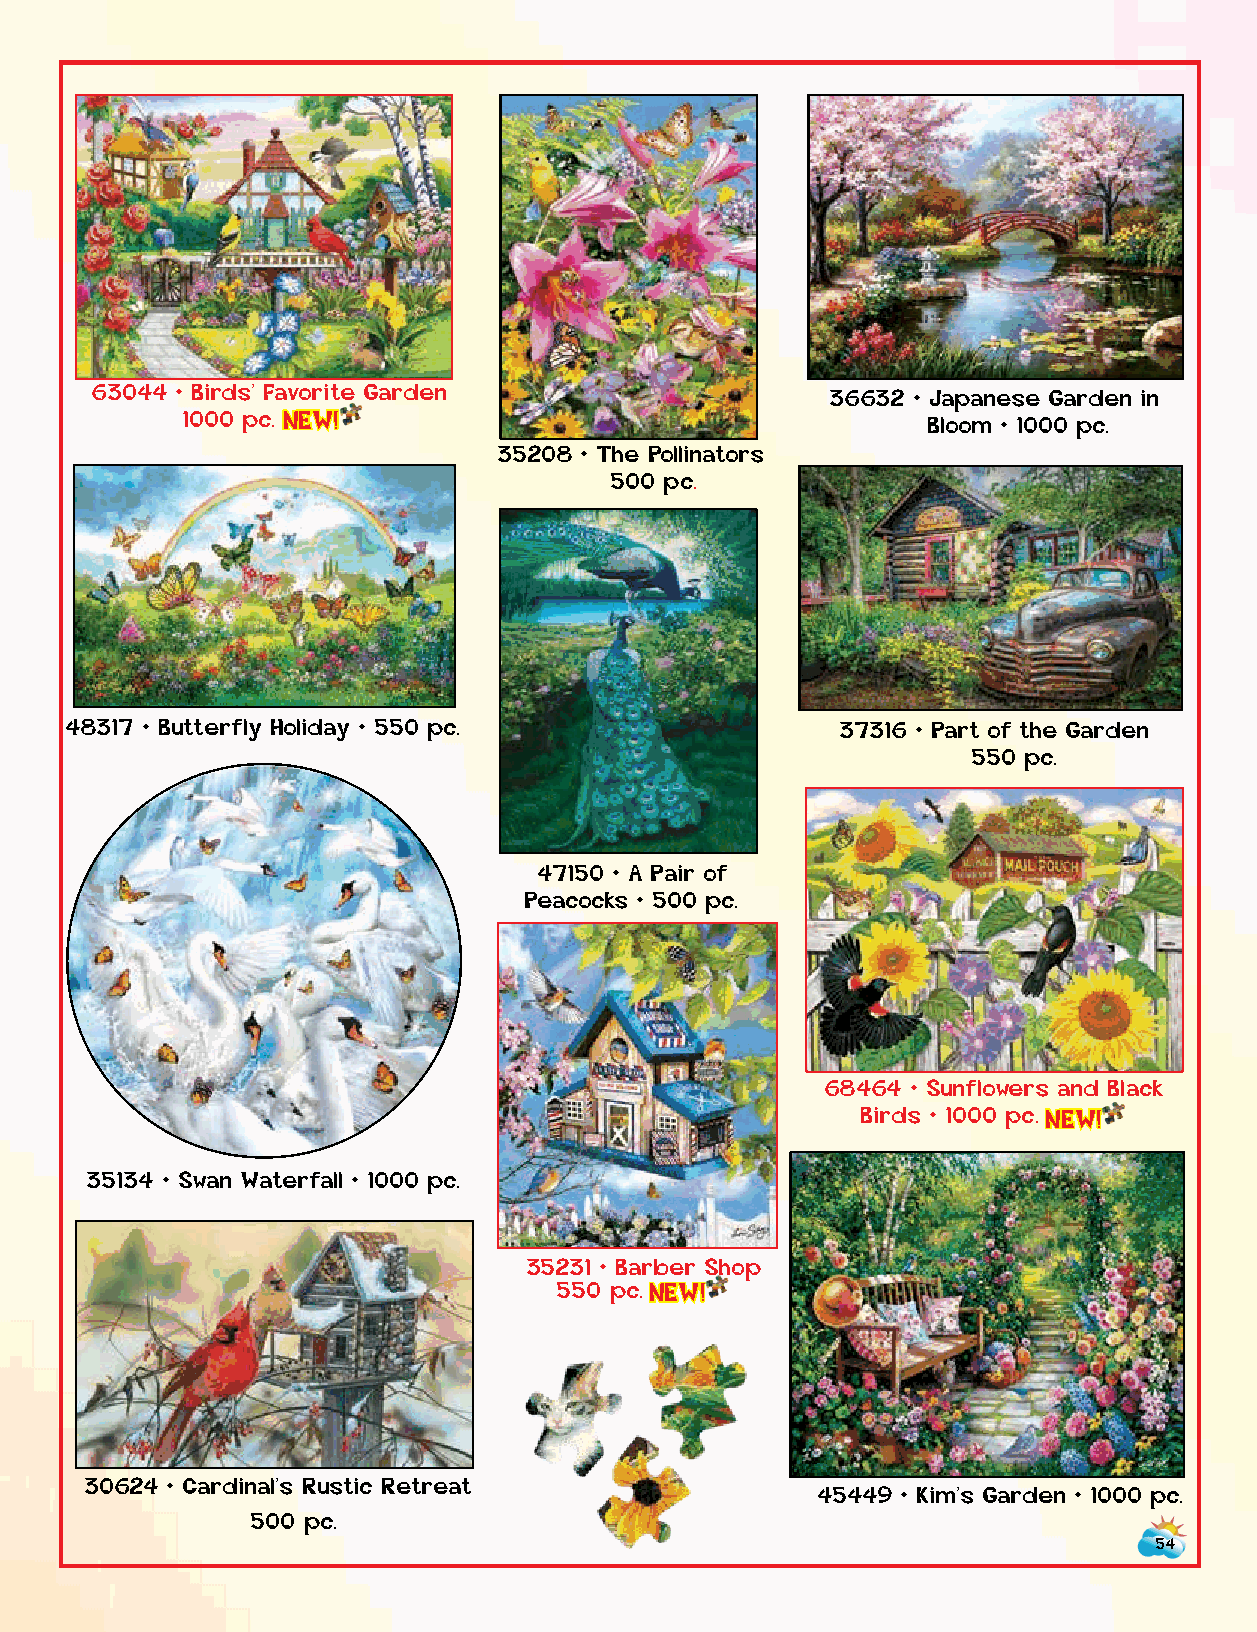
35002 • Hummingbird Sanctuary 63044 • Birds’ Favorite Garden 36632 • Japanese Garden in
 1000 pc.    1000 p c . NEW!                                  Bloom • 1000 pc.
 35208 • The Pollinators
 500 pc.
 48317 • Butterfly Holiday • 550 pc.                 37316 • Part of the Garden
 550 pc.
 47150 • A Pair of
 Peacocks • 500 pc.
 68464 • Sunflowers and Black
 Birds • 1000 p c . NEW!
 35134 • Swan Waterfall • 1000 pc.
 35231 • Barber Shop
 550 p c . NEW!
 30624 • Cardinal’s Rustic Retreat
 45449 • Kim’s Garden • 1000 pc.
 500 pc.
 54